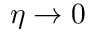
\eta \rightarrow 0